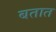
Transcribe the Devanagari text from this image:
बतात